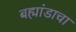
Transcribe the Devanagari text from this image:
बह्मांडाचा